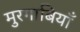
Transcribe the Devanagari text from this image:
मुरगाबियाँ